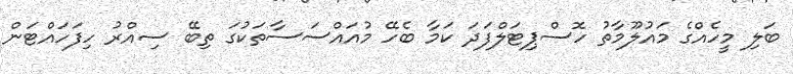
ބަލި މީހެއްގެ މައުލޫމާތު ހޮސްޕިޓަލްފަދަ ކަމާ ބެހޭ މުއައްސަސާތަކުގަ ތިބޭ ސިއްރު ހިފަހައްޓަން